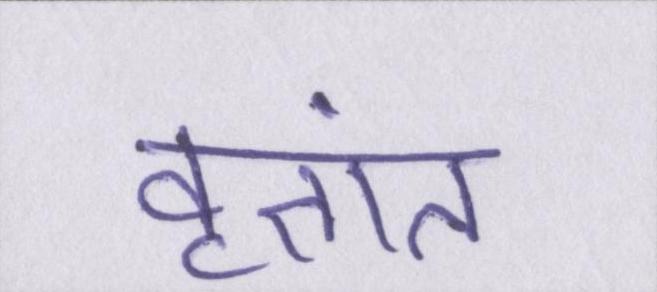
वृतांत